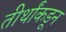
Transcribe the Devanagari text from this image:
तीर्थांकडून